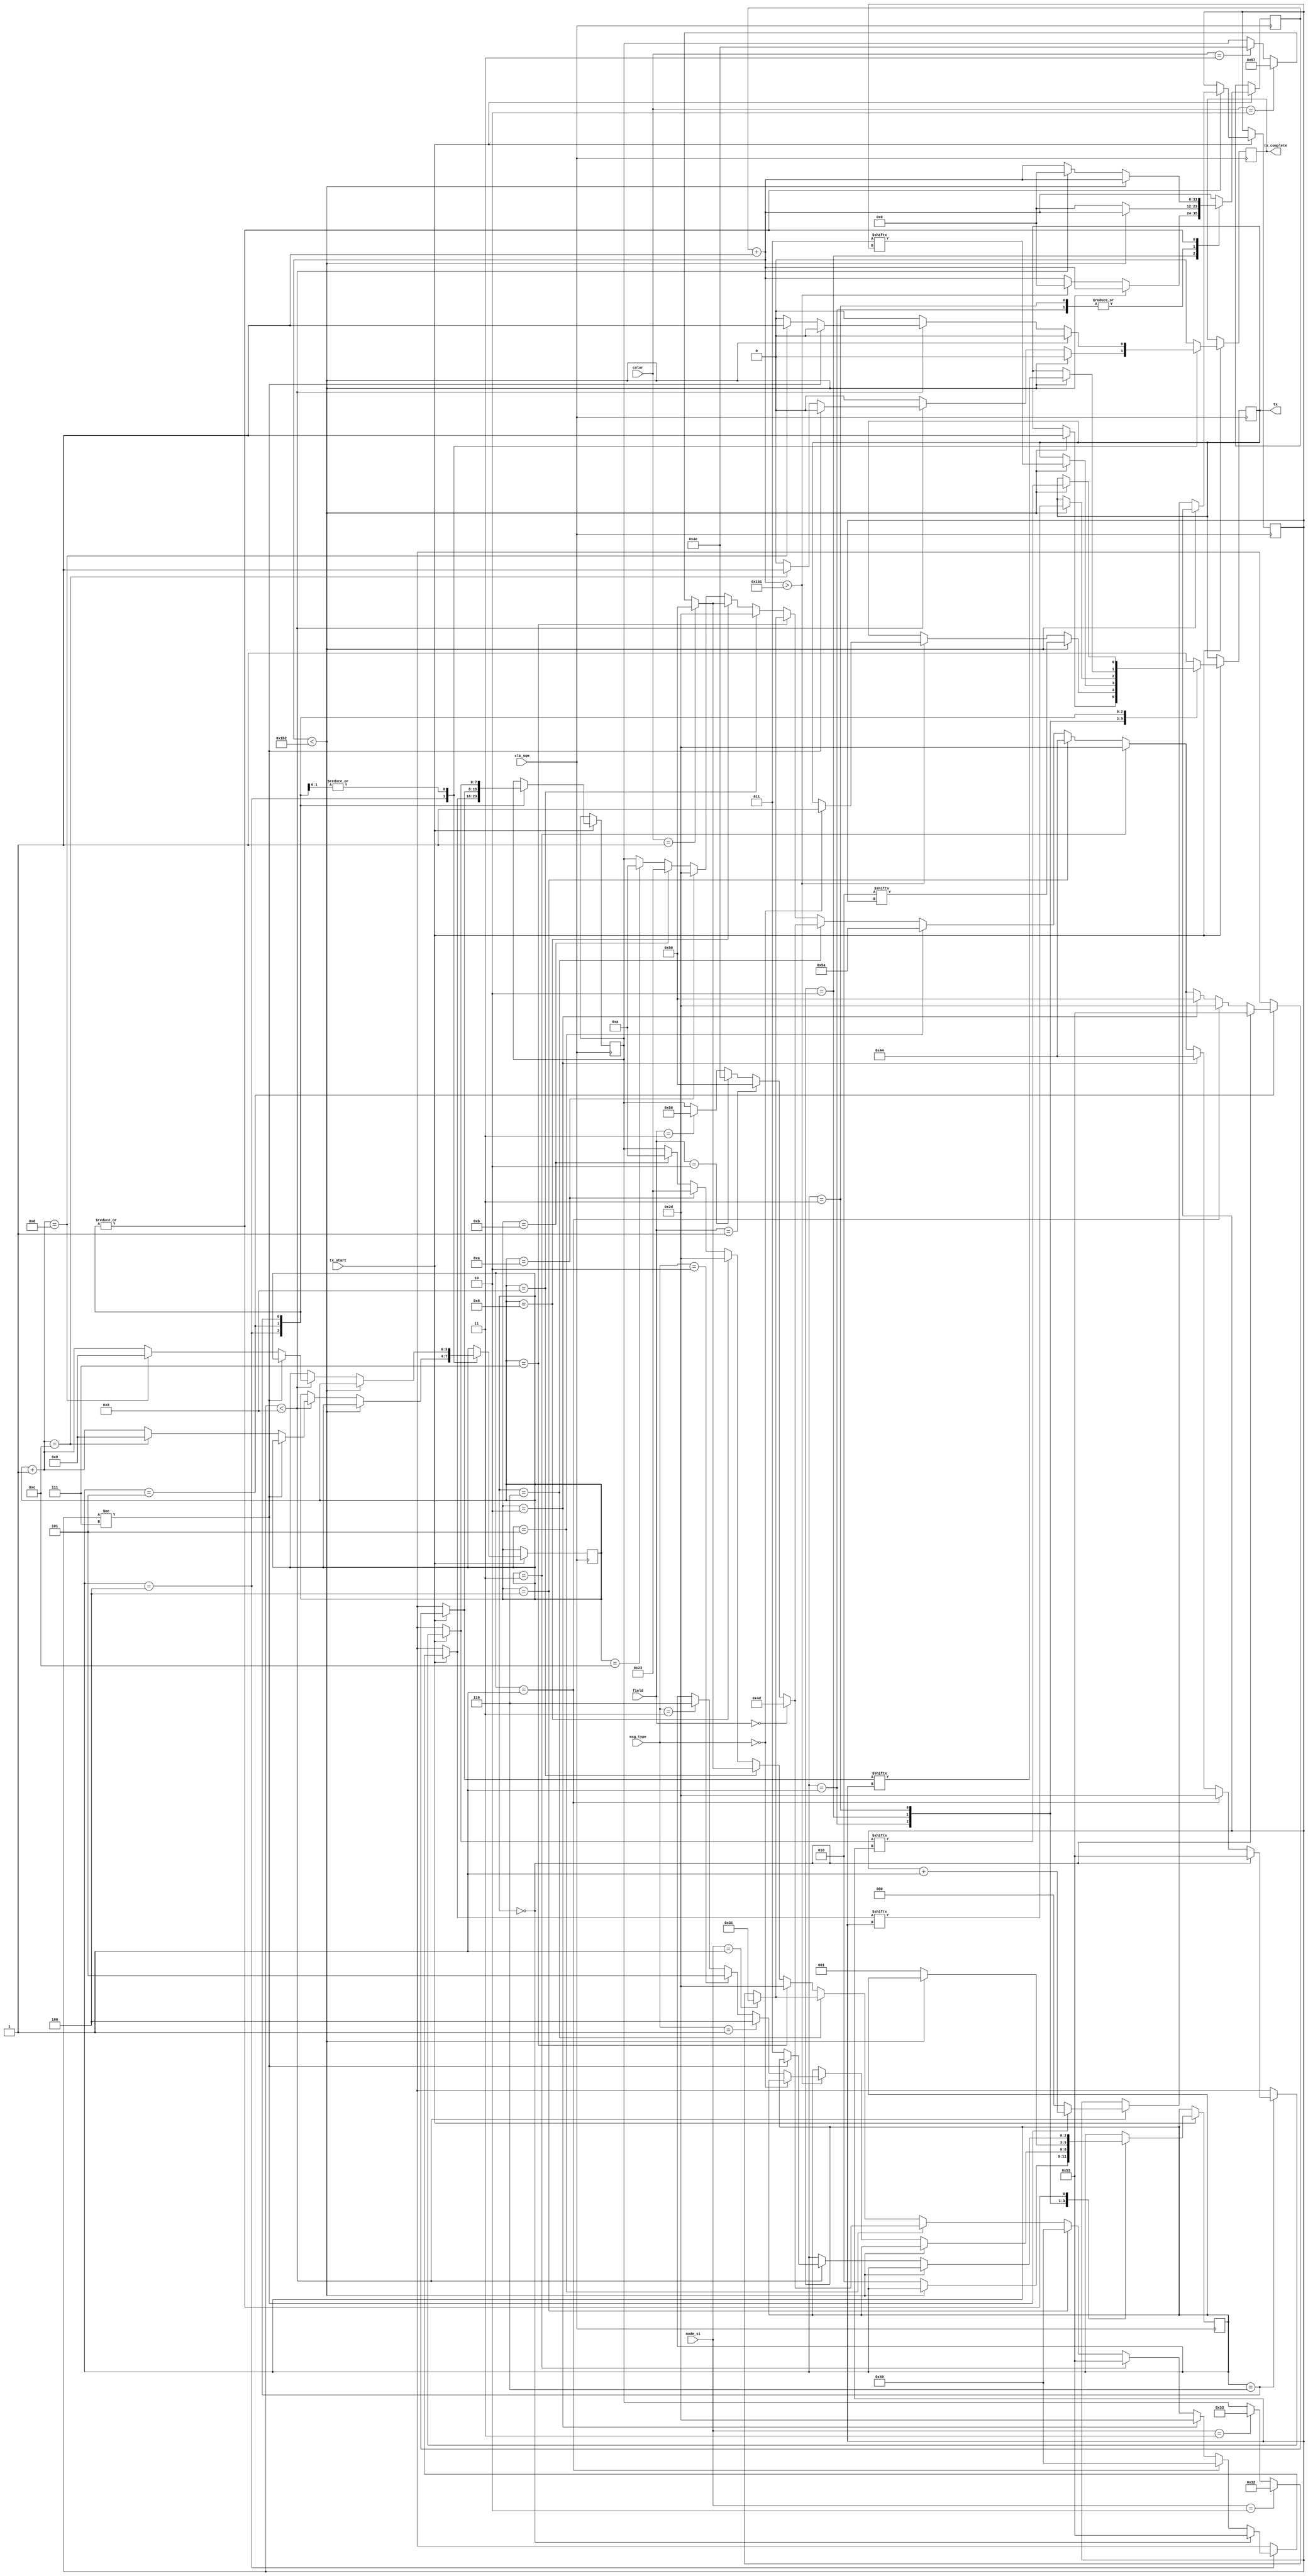
/*
Team Id    : 1118
Author List: Hari Vikinesh M, Kulasekaran S, Jerish Abijith Singh  A S,
             Aryan Vinunath
File Name  : SM_1118_Xbee_Transmitter.v
Theme      : Soil Monitoring Bot

Module SM_1118_Xbee_Transmitter

This Module is responsible for all the messages that is being transmitted
from the FPGA board to a Digi Xbee connected to a PC, using UART Communication.

Xbee Transmitter design
Input   : clk_50M  - 50 MHz clock
          node_si  - 1, 2, 3
          color    - R, G, B
          msg_type - SI, SPiM, SDM
          field    - MT, PP, VG, NG

Output  : tx          - UART transmit output
          tx_complete - Status of Transmit */

// Module Declaration
module SM_1118_Xbee_Transmitter(
    input  [1:0] node_si, color,
    input  tx_start,
    input  [1:0] field, msg_type,
    input  clk_50M,
    output tx_complete, tx
);

/*  Parameters for UART Transmission
    baud rate = 115200
    clocks per bit (cpb) = 115200/(50*10^6) = 434
    start_bit = 0
    stop_bit = 1
    1 start & stop bit & no parity bit

Ascii Values for Required  Characters
- - 00101101    V  - 01010110
# - 00100011    W  - 01010111
D - 01000100    Z  - 01011010
M - 01001101    1  - 00110001
N - 01001110    2  - 00110010
I - 01001001    3  - 00110011    
P - 01010000    8  - 00111000
S - 01010011    \n - 00001010

Different Type of messages that are need to be sent are
1. SI Identification Message (SI)
   Ex:
    If Blue SI is identified at SIV1 in Vegetable Garden (VG), the message is SI-SIV1-W-#.
    If Green SI is identified at SIM3 in Maize Terrains (MT), the message is SI-SIM3-N-#.
2. Supply Pick Message (SPiM)
   Ex:
    If Blue Supply is picked for DZV1, the message is S-P-DZV1-W-#
    If Green Supply is picked for DZM3, the message is S-P-DZM3-N-#
3. Supply Deposition Message (SDM)
   Ex:
    If Blue Supply is deposited at DZV1, the message is S-D-DZV1-W-#
    If Green Supply is deposited at DZM3, the message is S-D-DZM3-N-#

Here SI message has total of 11 characters to transmit whereas 
SPM and SDM has total of 12 charamters to transmit.
This message are sent based on the input color and the node Identified. */

// Required Parameters for the state machine is defined below
parameter   idle = 3'b001, start = 3'b010, stop = 3'b011, cpb = 434,
            tx_ft_1 = 3'b100, tx_ft_2 = 3'b101, tx_ft_3 = 3'b110,
            char_dash = 8'b00101101, char_hash = 8'b00100011,
            char_D = 8'b01000100, char_M = 8'b01001101,
            char_N = 8'b01001110, char_I = 8'b01001001,
            char_P = 8'b01010000, char_S = 8'b01010011,
            char_V = 8'b01010110, char_W = 8'b01010111,
            char_Z = 8'b01011010, char_1 = 8'b00110001, 
            char_2 = 8'b00110010, char_3 = 8'b00110011, 
            char_8 = 8'b00111000, char__ = 8'b00001010;

// Initializing Registers with appropriate Values
reg [11:0] counter = 0;
reg [7:0] msg;
reg [3:0] data_index = 0;
reg [2:0] present=idle, index = 0;
reg tx_done = 0, tx_out = 1;

always @(posedge clk_50M) begin
    if(tx_start == 1) begin
        tx_done = 0; counter = counter + 1'b1;
        case(present)
            idle: 
                begin
                if(tx_done == 1) tx_out = 1'b1;
                else if(counter < cpb) tx_out = 1'b1;
                else begin
                    counter = 0; present = start;
                    end
                end

            start: 
                begin
                // Sending Start Bit
                if(counter < cpb)   tx_out = start[index];
                else if(counter > cpb-1) begin
                    counter = 0;
                    if(msg_type == 0) tx_out = 1'b1;
                    else if(msg_type == 1) present = tx_ft_1;
                    else if(msg_type == 2) present = tx_ft_2;
                    else if(msg_type == 3) present = tx_ft_3;
                    end
                end

            stop:
                begin
                // Sending Stop Bit
                if(counter < cpb) tx_out = stop[index];
                else begin
                    counter = 0; present = idle;
                    end
                end

            tx_ft_1:
                // Msg Format : SI-SIN1-N-# 
                begin
                if(data_index == 0) msg = char_S;
                else if(data_index == 1) msg = char_I;
                else if(data_index == 2) msg = char_dash;
                else if(data_index == 3) msg = char_S;
                else if(data_index == 4) msg = char_I;
                else if(data_index == 5) begin
                    if (field == 0) msg = char_M;
                    else if (field == 1) msg = char_P;
                    else if (field == 2) msg = char_N;
                    else if (field == 3) msg = char_V;
                    end
                else if(data_index == 6) begin
                    if(node_si == 1) msg = char_1;
                    else if(node_si == 2) msg = char_2;
                    else if(node_si == 3) msg = char_3;
                    end
                else if(data_index == 7) msg = char_dash;
                else if(data_index == 8) begin
                    if(color == 1) msg = char_P;
                    else if(color == 2) msg = char_W;
                    else if(color == 3) msg = char_N;
                    end
                else if(data_index == 9) msg = char_dash;
                else if(data_index == 10) msg = char_hash;
                else if(data_index == 11) msg = char__;
                if(counter < cpb) tx_out = msg[index];
                else if(index < 8) begin
                    counter = 0;
                    if (index!= 7) index = index + 1'b1;
                    else begin
                        counter = 0; index = 0;
                        data_index = data_index + 1'b1;
                        present = stop;
                        if(data_index == 12) begin
                            data_index = 0; tx_done = 1;
                        end
                    end
                end       
                end

            tx_ft_2:
                // Msg Format : S-P-DZN1-N-#
                begin
                if(data_index == 0) msg = char_S;
                else if(data_index == 1) msg = char_dash;
                else if(data_index == 2) msg = char_P;
                else if(data_index == 3) msg = char_dash;
                else if(data_index == 4) msg = char_D;
                else if(data_index == 5) msg = char_Z;
                else if(data_index == 6) begin
                    if (field == 0) msg = char_M;
                    else if (field == 1) msg = char_P;
                    else if (field == 2) msg = char_N;
                    else if (field == 3) msg = char_V;
                    end
                else if(data_index == 7) begin
                    if(node_si == 1) msg = char_1;
                    else if(node_si == 2) msg = char_2;
                    else if(node_si == 3) msg = char_3;
                    end
                else if(data_index == 8) msg = char_dash;
                else if(data_index == 9) begin
                    if(color == 1) msg = char_P;
                    else if(color == 2) msg = char_W;
                    else if(color == 3) msg = char_N;
                    end
                else if(data_index == 10) msg = char_dash;
                else if(data_index == 11) msg = char_hash;
                else if(data_index == 12) msg = char__;
                if(counter < cpb)   tx_out = msg[index];
                else if(index < 8) begin
                    counter = 0;
                    if (index!= 7) index = index + 1'b1;
                    else begin
                        counter = 0; index = 0;
                        data_index = data_index + 1'b1;
                        present = stop;
                        if(data_index == 13) begin
                            data_index = 0; tx_done = 1;
                        end
                    end
                end   
                end

            tx_ft_3:
                // Msg Format : S-D-DZN1-N-#
                begin
                if(data_index == 0) msg = char_S;
                else if(data_index == 1) msg = char_dash;
                else if(data_index == 2) msg = char_D;
                else if(data_index == 3) msg = char_dash;
                else if(data_index == 4) msg = char_D;
                else if(data_index == 5) msg = char_Z;
                else if(data_index == 6) begin
                    if (field == 0) msg = char_M;
                    else if (field == 1) msg = char_P;
                    else if (field == 2) msg = char_N;
                    else if (field == 3) msg = char_V;
                    end
                else if(data_index == 7) begin
                    if(node_si == 1) msg = char_1;
                    else if(node_si == 2) msg = char_2;
                    else if(node_si == 3) msg = char_3;
                    end
                else if(data_index == 8) msg = char_dash;
                else if(data_index == 9) begin
                    if(color == 1) msg = char_P;
                    else if(color == 2) msg = char_W;
                    else if(color == 3) msg = char_N;
                    end
                else if(data_index == 10) msg = char_dash;
                else if(data_index == 11) msg = char_hash;
                else if(data_index == 12) msg = char__;
                if(counter < cpb)   tx_out = msg[index];
                else if(index < 8) begin
                    counter = 0;
                    if (index!= 7) index = index + 1'b1;
                    else begin
                        counter = 0; index = 0;
                        data_index = data_index + 1'b1;
                        present = stop;
                        if(data_index == 13) begin
                            data_index = 0; tx_done = 1;
                        end
                    end
                end
                end

            default:
                tx_out = 1;
        endcase
    end
end

// Assigning Outputs to Appropriate Registers
assign tx = tx_out;
assign tx_complete = tx_done;

endmodule